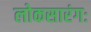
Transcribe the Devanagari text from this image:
लोकसारंगः